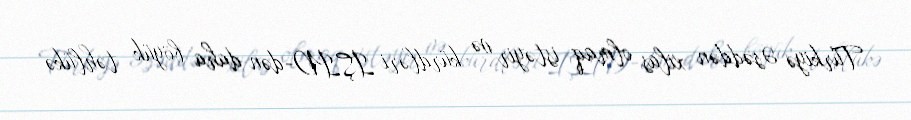
Türkiyə Əsəddən xilas olmaq istəyir və kürdləri İŞİD-dən daha böyük təhlükə